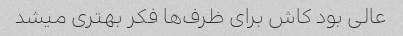
عالی بود کاش برای ظرف‌ها فکر بهتری میشد